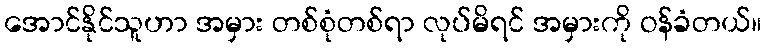
အောင်နိုင်သူဟာ အမှား တစ်စုံတစ်ရာ လုပ်မိရင် အမှားကို ဝန်ခံတယ်။